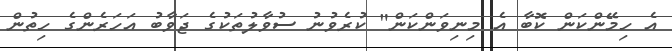
އެ ހިމޭންކަން ކޮބާ އެ މިނިވަންކަން" ކުރެވުނު ސުވާލުތަކުގެ ޖަވާބު އަހަރެންގެ ހިތުން